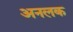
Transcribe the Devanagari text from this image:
अनलक